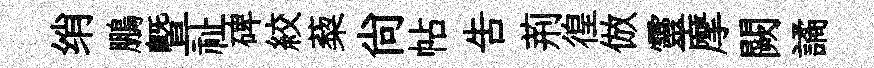
绡鵬曁祉碑絞蔾尙帖吿荊徨倣靈摩闕譎